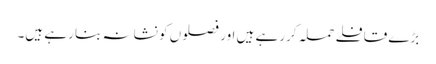
بڑے قافلے حملہ کررہے ہیں اور فصلوں کو نشانہ بنا رہے ہیں۔